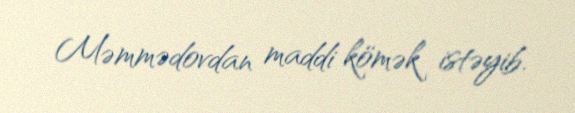
Məmmədovdan maddi kömək istəyib.